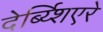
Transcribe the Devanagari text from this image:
देर्ब्य्शिएरे